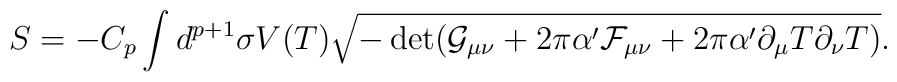
S=-C_p\int d^{p+1}\sigma V(T)\sqrt{-\det (\mathcal{G}_{\mu\nu}+2\pi\alpha'\mathcal{F}_{\mu\nu}+2\pi\alpha'\partial_{\mu}T\partial_{\nu}T)}.